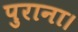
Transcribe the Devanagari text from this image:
पुराना।